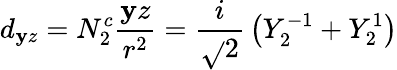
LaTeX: d_{\mathbf{y}z}=N_{2}^{c}{\frac{{\mathbf{y}z}}{{r^{2}}}}={\frac{{i}}{{\sqrt{}{{2}}}}}\left(Y_{2}^{-1}+Y_{2}^{1}\right)